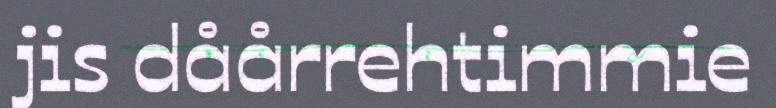
jis dåårrehtimmie